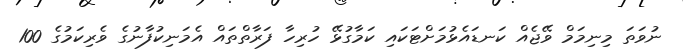
ނުވަތަ މިނިމަމް ވޭޖެއް ކަނޑައެޅުމަށްޓަކައި ކަމާގުޅޭ ހުރިހާ ފަރާތްތައް އެމަނިކުފާނުގެ ވެރިކަމުގެ 100